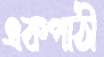
একপাঠী